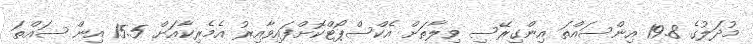
މުދަލުގެ 19.8 އިންސައްތަ އިންގިރޭސި ވިލާތަށް އެކްސްޕޯޓްކޮށްފައިވާއިރު އެމެރިކާއަށް 15.5 އިން ސައްތަ